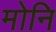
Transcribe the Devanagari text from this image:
मोनि